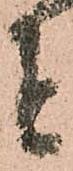
者